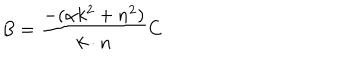
LaTeX: B = \frac { - ( \alpha k ^ { 2 } + n ^ { 2 } ) } { k \cdot n } C